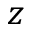
z